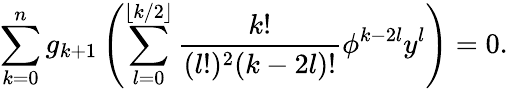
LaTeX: \sum_{k=0}^{n}g_{k+1}\left(\sum_{l=0}^{\lfloor k/2\rfloor}\frac{k!}{(l!)^{2}(k-2l)!}\phi^{k-2l}y^{l}\right)=0.